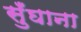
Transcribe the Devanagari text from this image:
सुँघाना